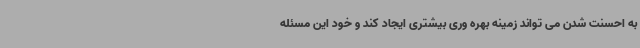
به احسنت شدن می تواند زمینه بهره وری بیشتری ایجاد کند و خود این مسئله